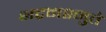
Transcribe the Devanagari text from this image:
भद्रमश्नुते